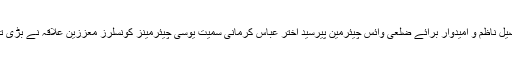
تقریب میں سابق تحصیل ناظم و امیدوار برائے ضلعی وائس چیئرمین پیرسید اختر عباس کرمانی سمیت یوسی چیئرمینز کونسلرز معززین علاقہ نے بڑی تعداد میں شرکت کی ۔